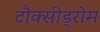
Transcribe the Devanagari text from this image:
टौक्सीड्रोम